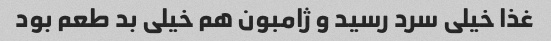
غذا خیلی سرد رسید و ژامبون هم خیلی بد طعم بود